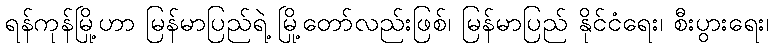
ရန်ကုန်မြို့ဟာ မြန်မာပြည်ရဲ့ မြို့တော်လည်းဖြစ်၊ မြန်မာပြည် နိုင်ငံရေး၊ စီးပွားရေး၊